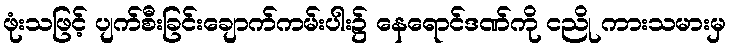
ဖုံးသဖြင့် ပျက်စီးခြင်းချောက်ကမ်းပါး၌ နေရောင်ဒဏ်ကို ငညို ကားသမားမှ